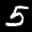
Label: 5